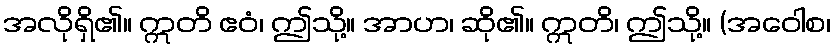
အလိုရှိ၏။ ဣတိ ဧဝံ၊ ဤသို့။ အာဟ၊ ဆို၏။ ဣတိ၊ ဤသို့။ (အဝေါစ၊